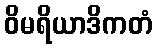
ဝိမရိယာဒိကတံ